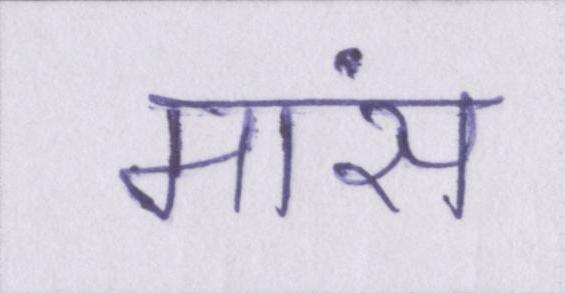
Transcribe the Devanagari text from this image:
मांस